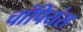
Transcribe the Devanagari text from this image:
चांपियंस